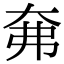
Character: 㚕